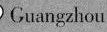
Guangzhou